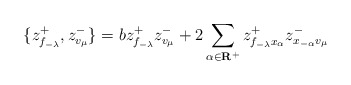
\begin{align*}\{z^+_{f_{-\lambda}}, z^-_{v_\mu}\}=b z^+_{f_{-\lambda}} z^-_{v_\mu}+2\sum_{\alpha\in{\bf R}^+}z^+_{f_{-\lambda}x_\alpha} z^-_{x_{-\alpha}v_\mu}\end{align*}